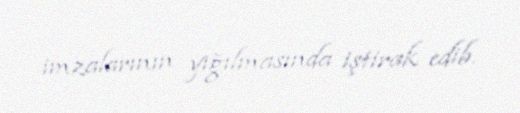
imzalarının yığılmasında iştirak edib.